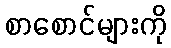
စာစောင်များကို